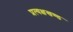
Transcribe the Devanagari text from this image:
प्रत्यक्षखण्ड